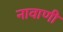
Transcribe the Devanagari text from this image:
नावाणी